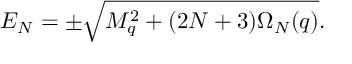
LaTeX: E _ { N } = \pm \sqrt { M _ { q } ^ { 2 } + ( 2 N + 3 ) \Omega _ { N } ( q ) } .